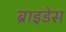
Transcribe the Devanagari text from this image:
ब्राइडेस